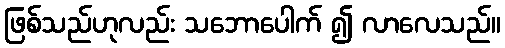
ဖြစ်သည်ဟုလည်း သဘောပေါက် ၍ လာလေသည်။